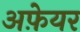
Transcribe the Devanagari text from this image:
अफ़ेयर